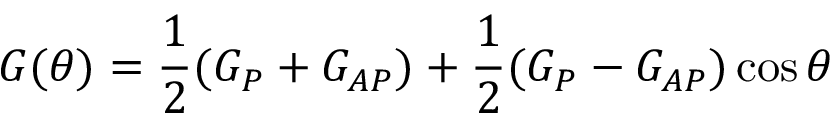
G ( \theta ) = \frac { 1 } { 2 } ( G _ { P } + G _ { A P } ) + \frac { 1 } { 2 } ( G _ { P } - G _ { A P } ) \cos \theta